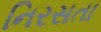
નિરસતા